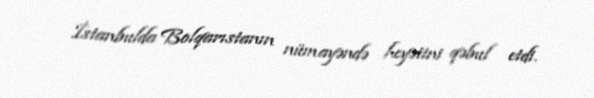
İstanbulda Bolqarıstanın nümayəndə heyətini qəbul etdi.